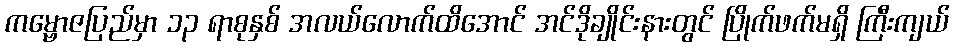
ကမ္ဗောဇပြည်မှာ ၁၃ ရာစုနှစ် အလယ်လောက်ထိအောင် အင်ဒိုချိုင်းနားတွင် ပြိုက်ဖက်မရှိ ကြီးကျယ်